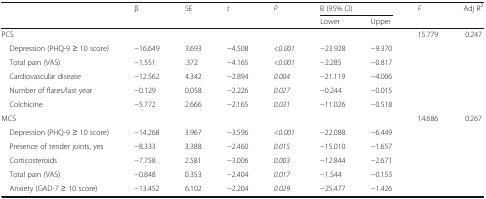
<table><thead><tr><td rowspan="2"></td><td rowspan="2"><b>β</b></td><td rowspan="2"><b>SE</b></td><td rowspan="2"><b><i>t</i></b></td><td rowspan="2"><b><i>P</i></b></td><td colspan="2"><b>B (95% CI)</b></td><td rowspan="2"><b><i>F</i></b></td><td rowspan="2"><b>Adj R<sup>2</sup></b></td></tr><tr><td><b>Lower</b></td><td><b>Upper</b></td></tr></thead><tbody><tr><td>PCS</td><td></td><td></td><td></td><td></td><td></td><td></td><td>15.779</td><td>0.247</td></tr><tr><td> Depression (PHQ-9 ≥ 10 score)</td><td>−16.649</td><td>3.693</td><td>−4.508</td><td><i>&lt;0.001</i></td><td>−23.928</td><td>−9.370</td><td></td><td></td></tr><tr><td> Total pain (VAS)</td><td>−1.551</td><td>.372</td><td>−4.165</td><td><i>&lt;0.001</i></td><td>−2.285</td><td>−0.817</td><td></td><td></td></tr><tr><td> Cardiovascular disease</td><td>−12.562</td><td>4.342</td><td>−2.894</td><td><i>0.004</i></td><td>−21.119</td><td>−4.006</td><td></td><td></td></tr><tr><td> Number of flares/last year</td><td>−0.129</td><td>0.058</td><td>−2.226</td><td><i>0.027</i></td><td>−0.244</td><td>−0.015</td><td></td><td></td></tr><tr><td> Colchicine</td><td>−5.772</td><td>2.666</td><td>−2.165</td><td><i>0.031</i></td><td>−11.026</td><td>−0.518</td><td></td><td></td></tr><tr><td>MCS</td><td></td><td></td><td></td><td></td><td></td><td></td><td>14.686</td><td>0.267</td></tr><tr><td> Depression (PHQ-9 ≥ 10 score)</td><td>−14.268</td><td>3.967</td><td>−3.596</td><td><i>&lt;0.001</i></td><td>−22.088</td><td>−6.449</td><td></td><td></td></tr><tr><td> Presence of tender joints, yes</td><td>−8.333</td><td>3.388</td><td>−2.460</td><td><i>0.015</i></td><td>−15.010</td><td>−1.657</td><td></td><td></td></tr><tr><td> Corticosteroids</td><td>−7.758</td><td>2.581</td><td>−3.006</td><td><i>0.003</i></td><td>−12.844</td><td>−2.671</td><td></td><td></td></tr><tr><td> Total pain (VAS)</td><td>−0.848</td><td>0.353</td><td>−2.404</td><td><i>0.017</i></td><td>−1.544</td><td>−0.153</td><td></td><td></td></tr><tr><td> Anxiety (GAD-7 ≥ 10 score)</td><td>−13.452</td><td>6.102</td><td>−2.204</td><td><i>0.029</i></td><td>−25.477</td><td>−1.426</td><td></td><td></td></tr></tbody></table>